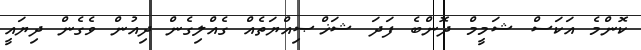
ކޮންމެ އަކަސް ޝަމީމް ދޮންބެ ފަދަ ޝަޚްޞިއްޔަތެއް ގެއްލިގެން ދިއުން ވެގެން ދިޔައީ